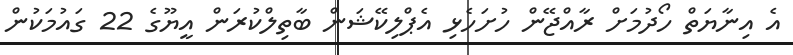
އެ އިނާޔަތް ހޯދުމަށް ރާއްޖޭން ހުށަހެޅި އެޕްލިކޭޝަން ބާތިލްކުރަން އީޔޫގެ 22 ގައުމަކުން